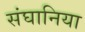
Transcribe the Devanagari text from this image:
संघानिया